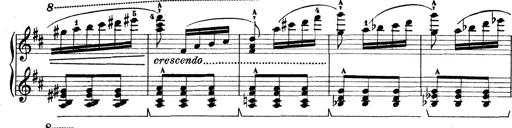
Title: Rapsodie: 19 ungheresi, 1 spagnuola
Composer: Franz Liszt